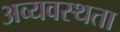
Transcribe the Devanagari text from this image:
अव्यवस्थता